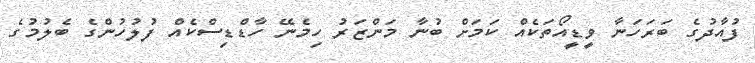
ފުއާދުގެ ބަރަހަނާ ވީޑީއޯތަކެއް ކަމަށް ބުނާ މަންޒަރު ހިމެނޭ ހާޑްޑިސްކެއް ފުލުހުންގެ ބެލުމުގެ